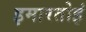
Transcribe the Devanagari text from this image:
इमारतोइं